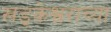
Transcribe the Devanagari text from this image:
खड्केश्वराच्या